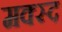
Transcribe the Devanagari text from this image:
मक्स्द